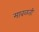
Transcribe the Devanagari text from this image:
मावळती